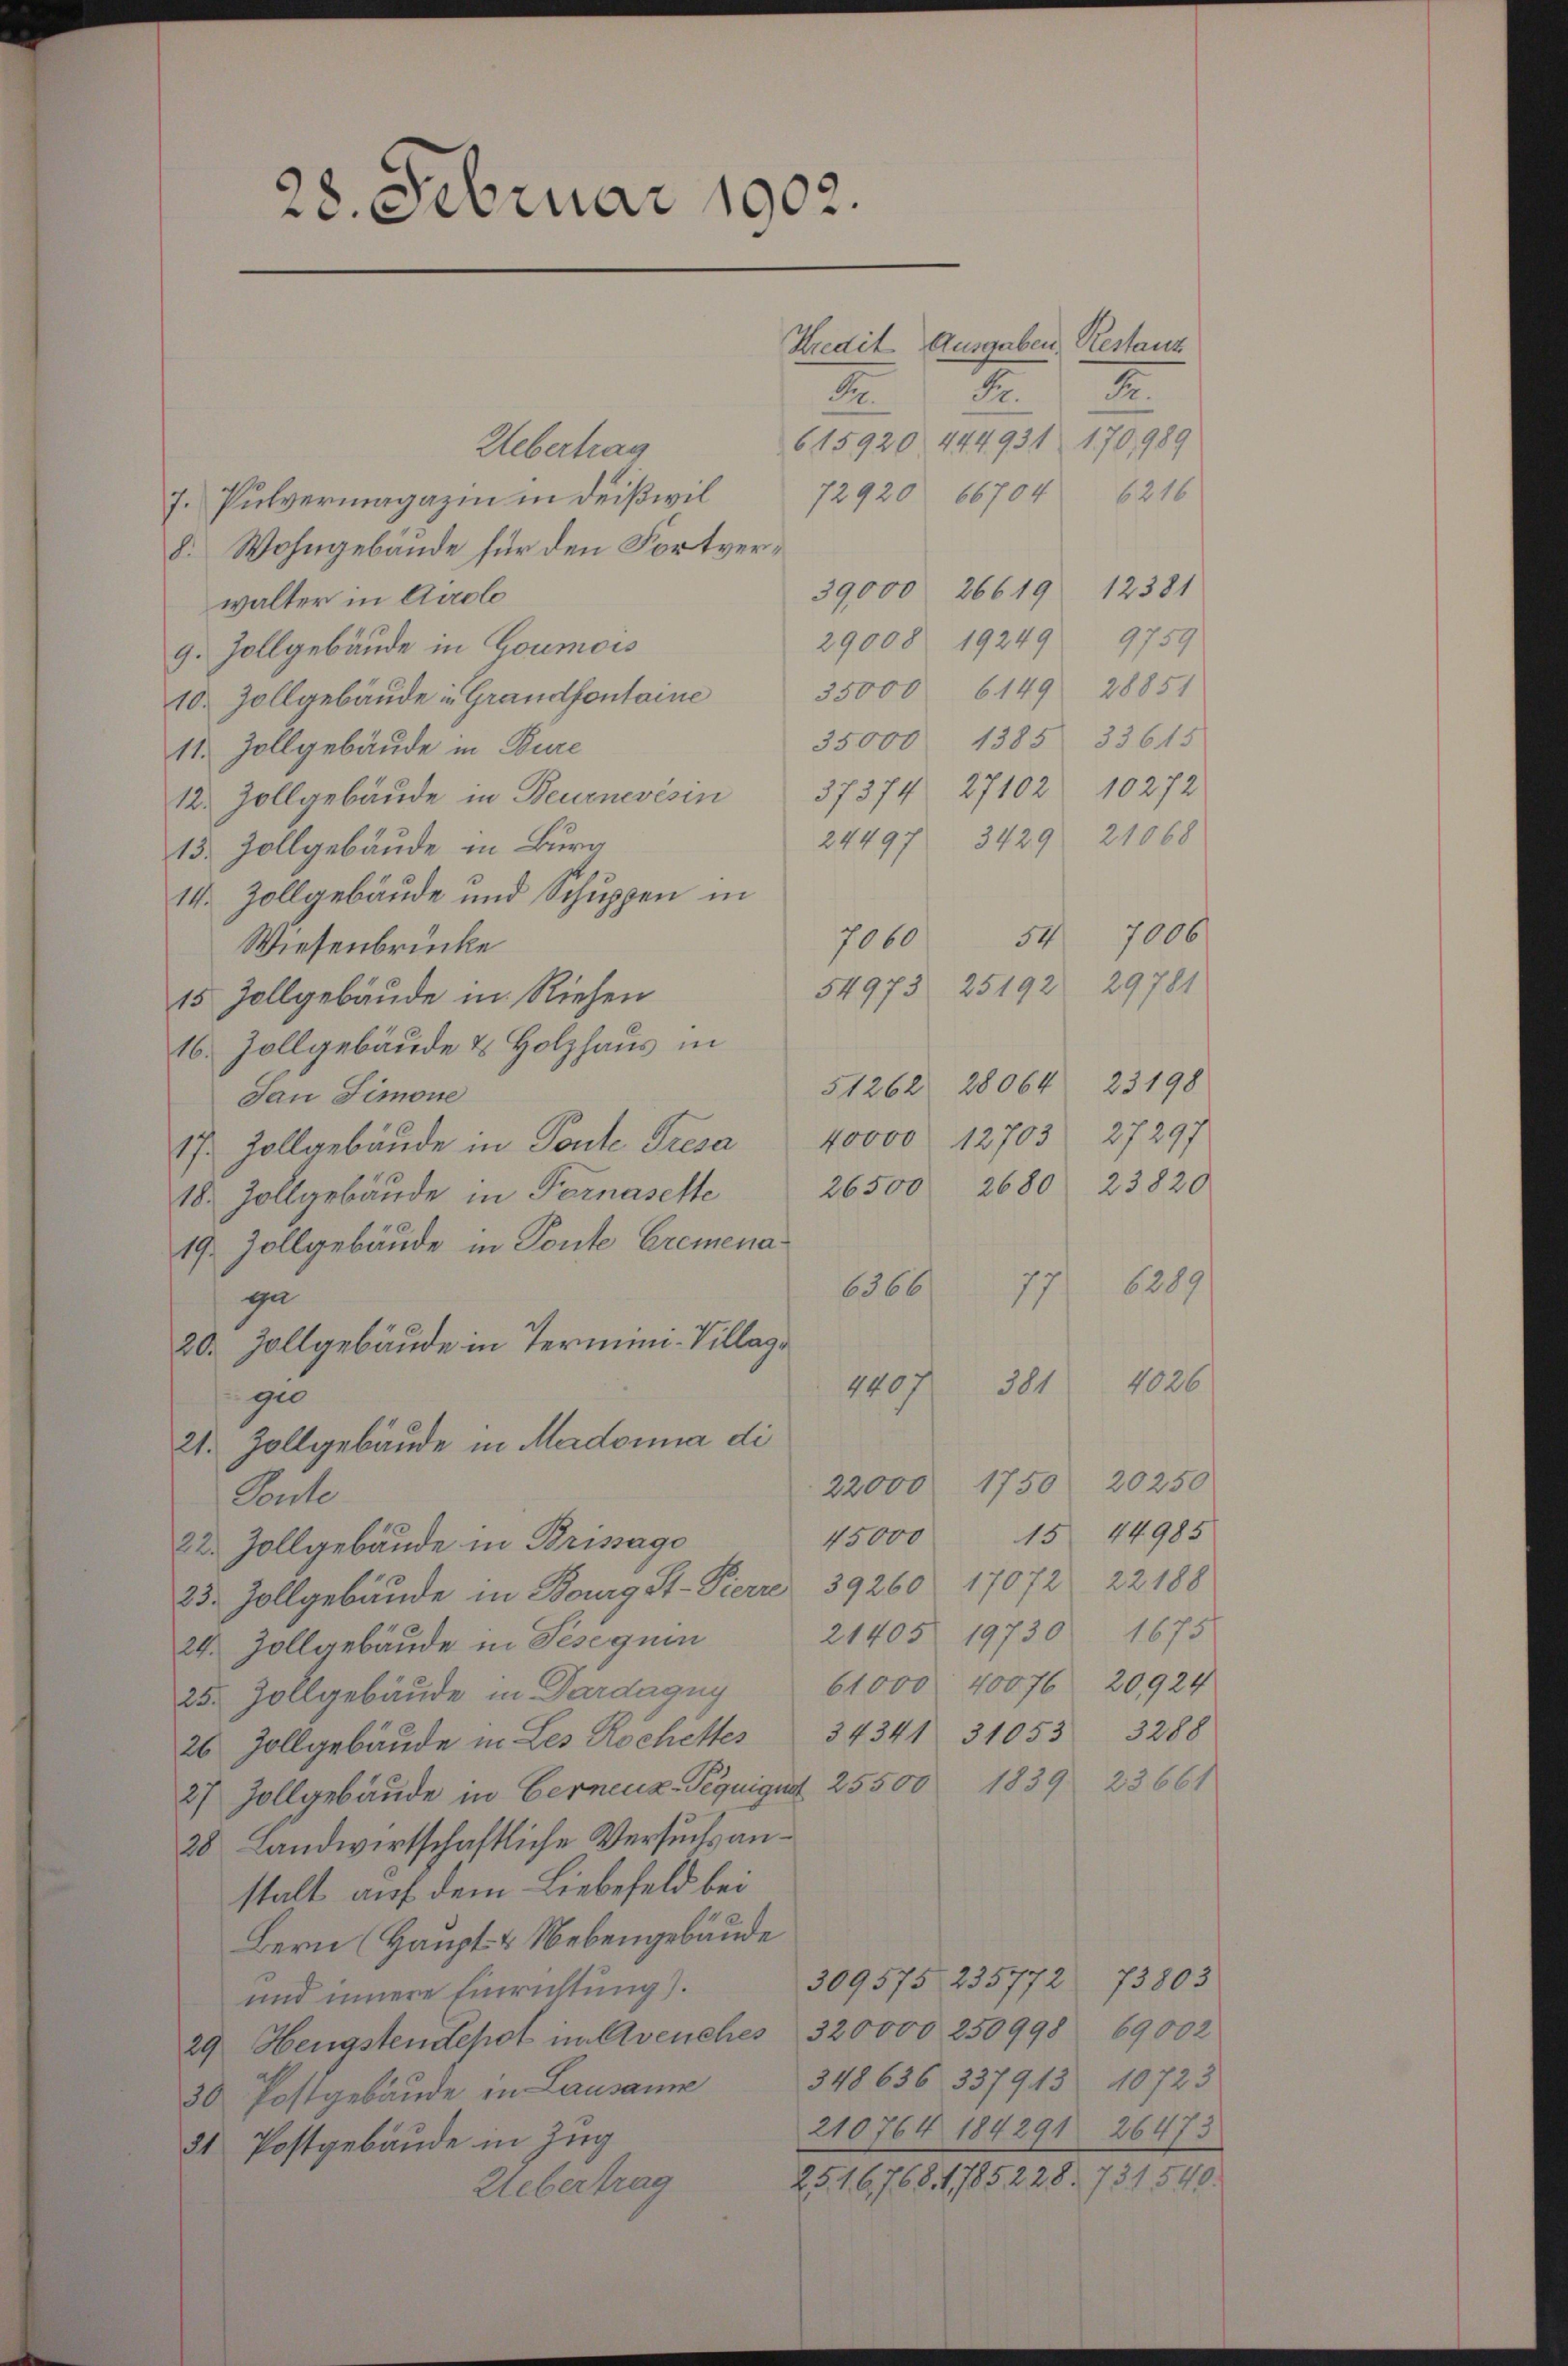
28. Februar 1902.

Kredit Ausgaben Restanz
2
.
Dr.
615920 444931 170, 989
Uebertrag
72920 66704 6216
7. Pulvermagazin in deißwil¬
8. Wohngebäude für den Fortver¬
39,000 26619 12381
walter in Airolo
29008 19249
9759
9. Zollgebäude in Goumois
10. Zollgebäŭde in Grandfontaine 35000 6149 28851
35,000 1385 33615
11. Zollgebäude in Bure
12. Zollgebäude in Beurnevés in 37374. 27102 10272
24497 3429. 21068
13. Zollgebäude in Burg
14. Zollgebäude und Schuppen in
547006
7060
Wiesenbrücke
54973 25192 29781
15 Zollgebäude in Riehen
16. Zollgebäude & Holzhaus in
51262 28064 23198
Jan Simone
40000 12703. 27297
17. Zollgebäude in Ponte Tresa
26500 2680. 23820
18. Zollgebäude in Fernasette
19. Zollgebäude in Ponte Cremena¬
77 6289
6366
gu
20. Zollgebäude in Termini-Villag¬
1026
301
4407
gio
21. Zollgebäude in Madonna di
22000 1750 20250
Pente
15 44985
45000
22. Zollgebäude in Brissage
23. Zollgebäude in Bourg St-Pierre 39260 17072 22 188
24. Zollgebäŭde in Sesequen 21405 19730 1675
25. Zollgebäude in Dardagny 61000 40076 20924
26 Zollgebäude in Les Rochetter 34341 31053 3288
27 Zollgebäude in Gerneuz-Pequigust 25500 1839 23661
28 Landwirtschaftliche Versuchs anstalt auf dem Liebefeld bei
Bern (Haupt- & Nebengebäude
309575. 235772 73803
und innere Einrichtung).
29 Hengstendepot in Avenches 320000 250998 69002
348636 3379. 13. 10723
30 Postgebäude in Lausanne
210764. 184291 26473
31 Postgebäude in Zug
25. 16768. 1785228. 731540.
Uebertrag